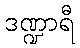
ဒဏ္ဍာရီ